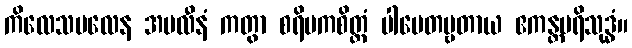
ကိလေသမလေန အမလီနံ ကတွာ စရိမကစိတ္တံ ပါပေတဗ္ဗတာယ ဧကန္တပရိသုဒ္ဓံ။